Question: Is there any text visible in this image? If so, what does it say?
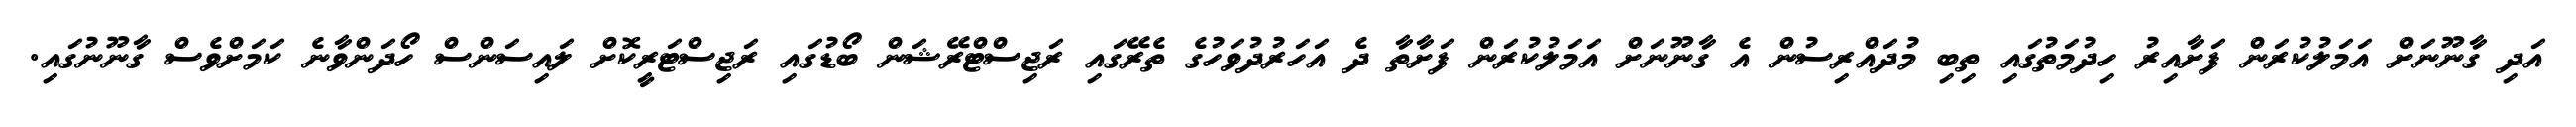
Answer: އަދި ގާނޫނަށް އަމަލުކުރަން ފަށާއިރު ހިދުމަތުގައި ތިބި މުދައްރިސުން އެ ގާނޫނަށް އަމަލުކުރަން ފަށާތާ ދެ އަހަރުދުވަހުގެ ތެރޭގައި ރަޖިސްޓްރޭޝަން ބޯޑުގައި ރަޖިސްޓަރީކޮށް ލައިސަންސް ހޯދަންވާނެ ކަމަށްވެސް ގާނޫނުގައި.